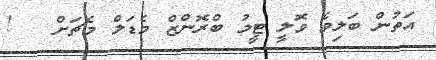
އަތުން ބަލިވެ ވޮލީ ޓީމު ބްރޮންޒް މެޑަލް މެޗަށް   !